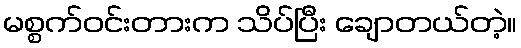
မစ္စက်ဝင်းတားက သိပ်ပြီး ချောတယ်တဲ့။